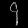
Digit: ၄